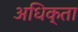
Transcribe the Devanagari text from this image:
अधिक्ता